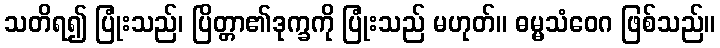
သတိရ၍ ပြုံးသည်၊ ပြိတ္တာ၏ဒုက္ခကို ပြုံးသည် မဟုတ်။ ဓမ္မသံဝေဂ ဖြစ်သည်။